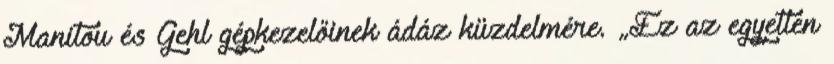
Manitou és Gehl gépkezelőinek ádáz küzdelmére. „Ez az egyetlen